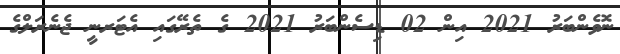
ނޮވެންބަރު 2021 އިން 02 ޑިސެންބަރު 2021 ގެ ތެރޭގައި އެޓަރނީ ޖެނެރަލްގެ